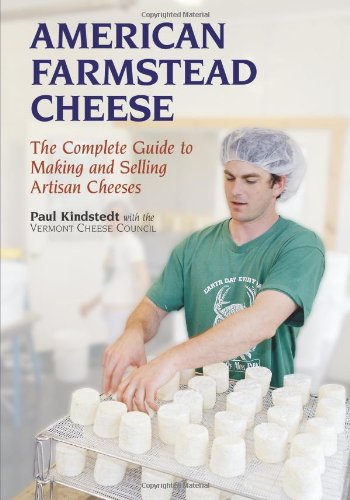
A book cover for American Farmstead Cheese: The Complete Guide To Making and Selling Artisan Cheeses; Paul Kindstedt; Cookbooks, Food & Wine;